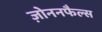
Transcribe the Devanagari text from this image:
ज़ोननफैल्स